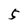
Character: 5